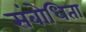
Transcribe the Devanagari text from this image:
संबोधिता